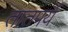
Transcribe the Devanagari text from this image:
तातपर्य